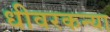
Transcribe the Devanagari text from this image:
धीवरकन्या